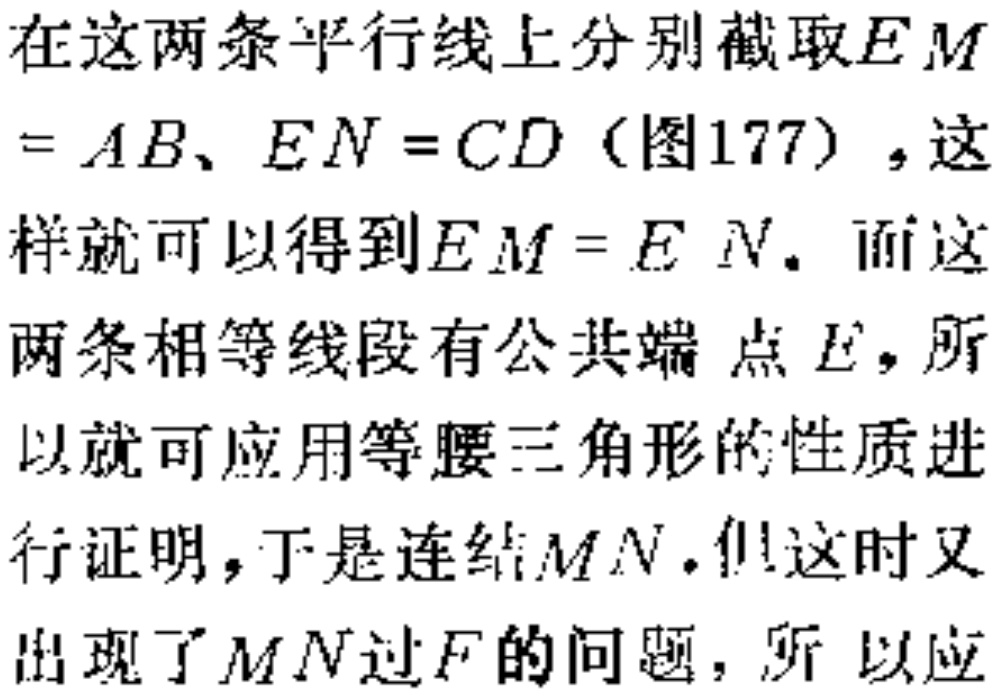
在这两条平行线上分别截取\(EM = AB\)、\(EN = CD\)（图177），这样就可以得到\(EM = EN\)。而这两条相等线段有公共端点\(E\)，所以就可应用等腰三角形的性质进行证明，于是连结\(MN\)。但这时又出现了\(MN\)过\(F\)的问题，所以应